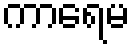
ကာရေမ